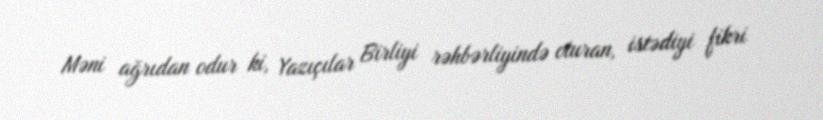
Məni ağrıdan odur ki, Yazıçılar Birliyi rəhbərliyində oturan, istədiyi fikri